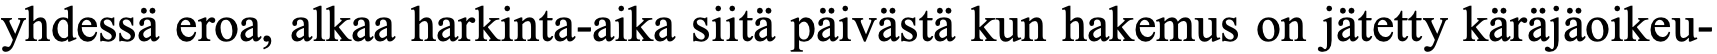
yhdessä eroa, alkaa harkinta-aika siitä päivästä kun hakemus on jätetty käräjäoikeu-